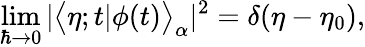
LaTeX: \operatorname*{lim}_{\hbar\to 0}|\bigl<\eta;t|\phi(t)\bigr>_{\alpha}|^{2}=\delta(\eta-\eta_{0}),